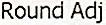
ROUND ADJ